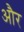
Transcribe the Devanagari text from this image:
और